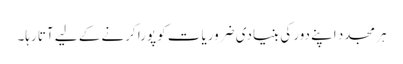
ہر مجدد اپنے دور کی بنیادی ضروریات کو پورا کرنے کے لیے آتا رہا۔